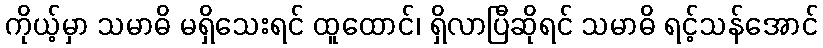
ကိုယ့်မှာ သမာဓိ မရှိသေးရင် ထူထောင်၊ ရှိလာပြီဆိုရင် သမာဓိ ရင့်သန်အောင်